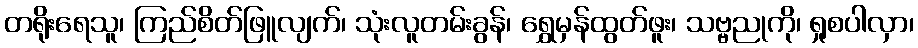
တရိုးရေသူ၊ ကြည်စိတ်ဖြူလျက်၊ သုံးလူတမ်းခွန်၊ ရွှေမှန်ထွတ်ဖူး၊ သဗ္ဗညုကို၊ ရှုစပါလှာ၊